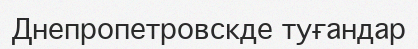
Днепропетровскде туғандар